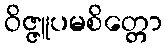
ဝိဇ္ဇူပမစိတ္တော